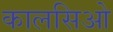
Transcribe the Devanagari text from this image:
कालसिओ